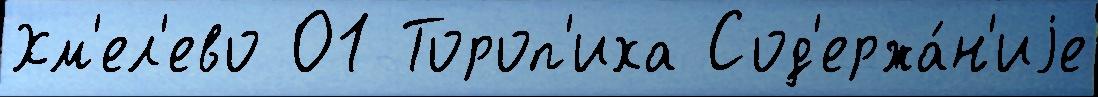
Хм'ел'ево 01 Тороп'иха Сод'ержа́н'иjе